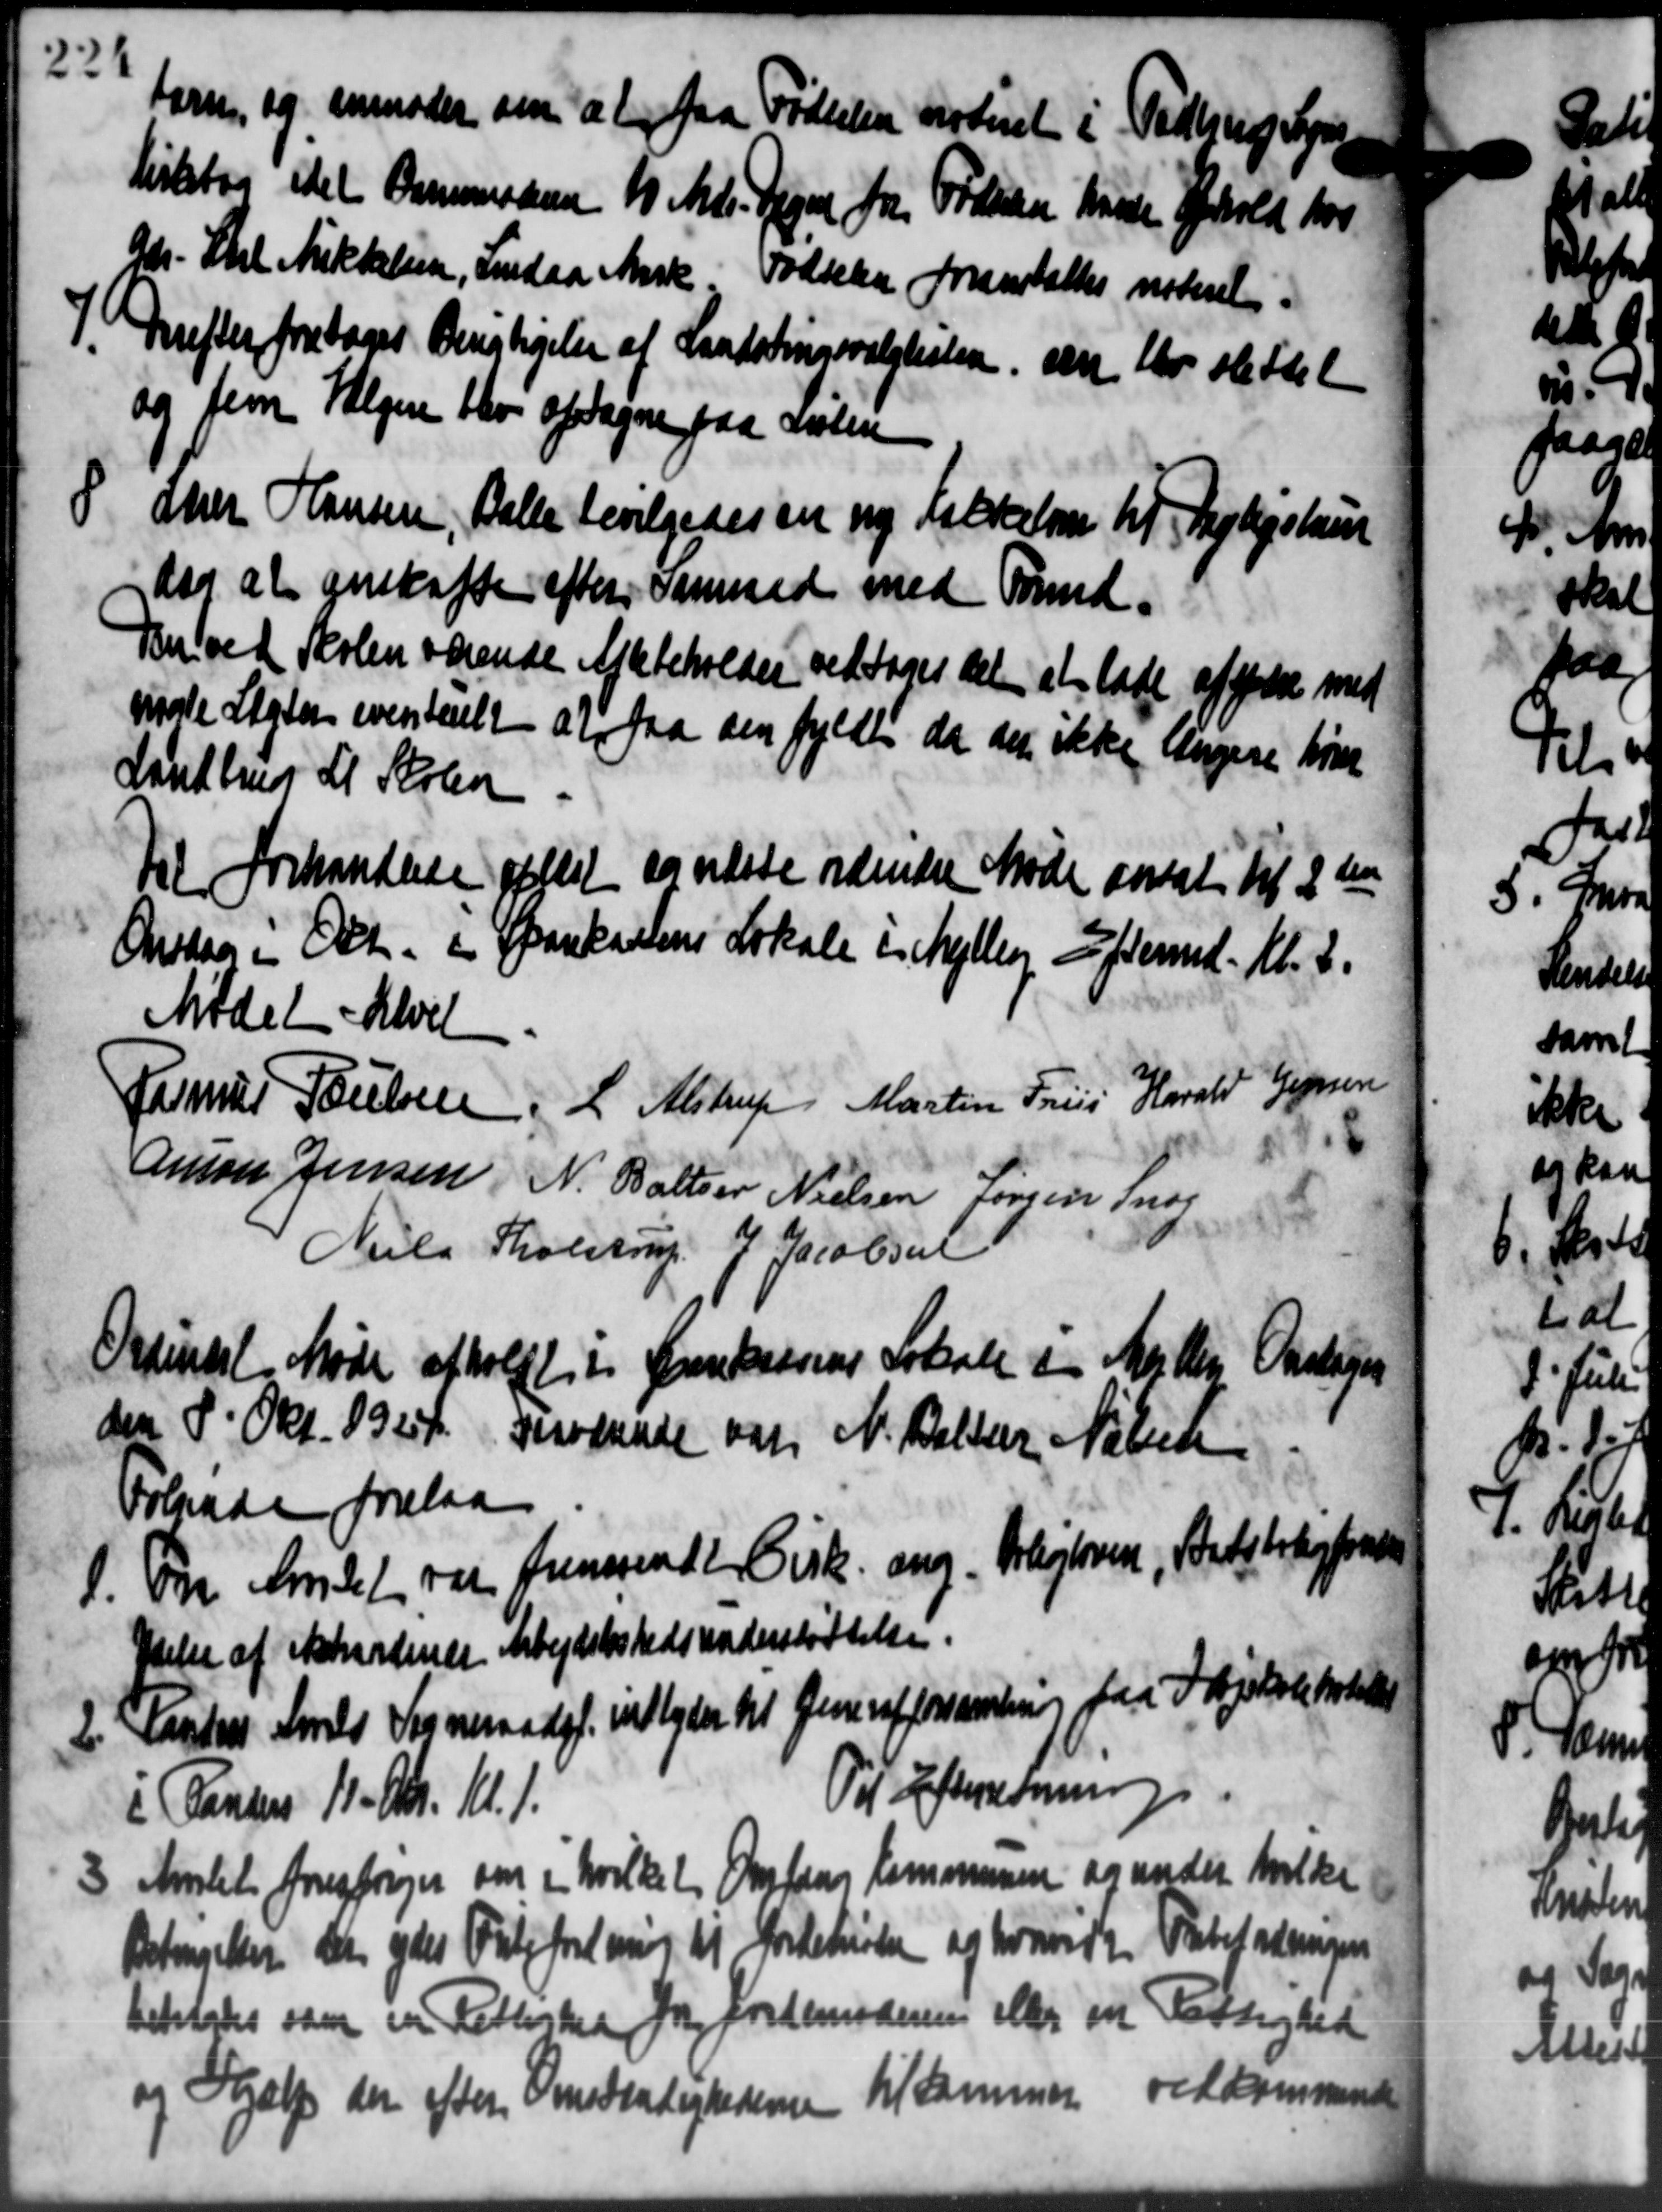
Transskription:
Larsen, og anmoder om at faa Fødselen vesteret i Tidlig Seng
birkestag idet Barnemoden 10 Mdr. Jegn fra Foden havde Ophold hos
Gdr. Skel Mikkelsen, Indaa Ark Fødselen foranstaltes noteret.
Derefter foretages Berigtigelse af Landstingsvalglisten den blev slettel
Derefter foretages Berigtigelse af Landstingsvalglisten den blev slettel
og fem Vælgere blev optagne paa anten
8 Sher Hansen, Balle bevilgedes en ny Folkelovn til Dagligshus
8 Sher Hansen, Balle bevilgedes en ny Folkelovn til Dagligshus
dog at anskaffe efter anmed med Formd.
Den ved Skolen varende Afkbeholdet vedtoges det at lade afgjøre med
mødte Staten eventuelt at faa den fyldte da den ikke lingere høre
Laustrup til Skolen
Til forhandlede oplæst sandste ordinære Møde ansat til 2den
Onsdag i Okt. i Spankartens Lokale i Meller Eftermd. Kl. 3.
Mødet hævel
Rasmus Poulsen L. Alstrup Martin Friis Harald Jensen
Anton Jensen, N. Balter Nielsen Jørgen Snog
Niels Tholstrup P Jacobsen
Ordinært Møde afholdt i Kornkvæsens Lokale i Mejlby Onsdagen
den 8' Okt. 1924. Indende var N. Beller Nielsen
Folgade forelaa
1. Fra Amtet var fremsendt Cirk ang. Arkejtersen, Batetragtformen
1. Fra Amtet var fremsendt Cirk ang. Arkejtersen, Batetragtformen
Juelse af Ekkardiner Arbejdsløshedsunderstøttelse.
2. Karteres Sels Sogneraadet indbyder til Generaf forsamlering paa Ingekolehotele
2. Karteres Sels Sogneraadet indbyder til Generaf forsamlering paa Ingekolehotele
i Pansen 11. A. Kl. 1.
Til Efterretning
Amtet forestreger om i hvilket Omfang Kommunen og under hvilke

Betingelsen den ydes Falefredning til Fordehusler og hvorvidt Fabefalingen
betragtes som en Rettesked for Jordemoderen eller en Fattighed
og Hjælp der efter Omstændighedensen til sammer vedkommende